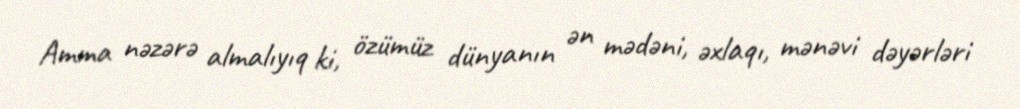
Amma nəzərə almalıyıq ki, özümüz dünyanın ən mədəni, əxlaqı, mənəvi dəyərləri